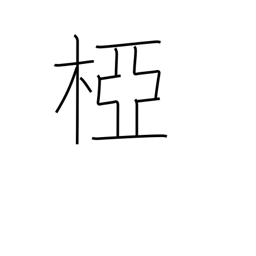
Meaning: crotch of a tree